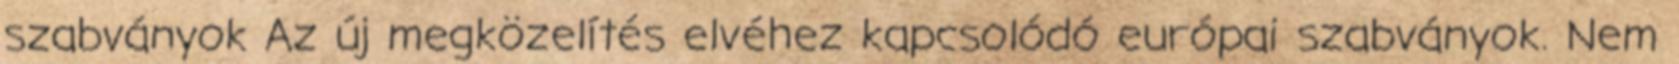
szabványok Az új megközelítés elvéhez kapcsolódó európai szabványok. Nem